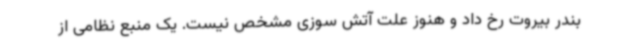
بندر بیروت رخ داد و هنوز علت آتش سوزی مشخص نیست. یک منبع نظامی از